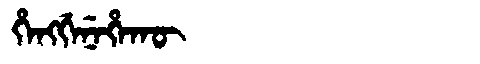
Manchu: ᡥᡝᠩᡤᡝᠨᡝᡥᠠᡴᡡ
Romanization: HENGGENEHAKŪ